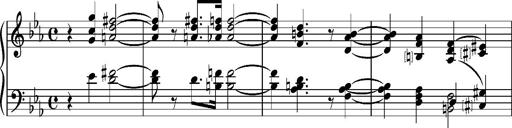
Title: 2 Sketches from 1829, S.692p
Composer: Franz Liszt
Key: B minor
 E flat major